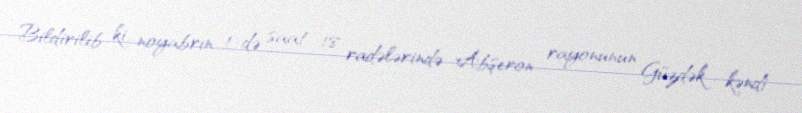
Bildirilib ki, noyabrın 1-də saat 18 radələrində Abşeron rayonunun Güzdək kəndi